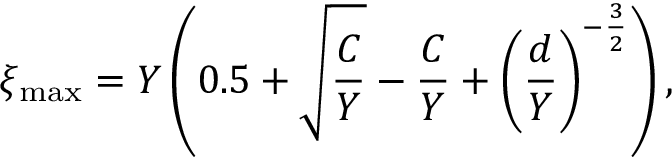
\xi _ { \mathrm { m a x } } = Y \left( 0 . 5 + \sqrt \frac { C } { Y } - \frac { C } { Y } + \left( \frac { d } { Y } \right) ^ { - \frac { 3 } { 2 } } \right) ,